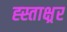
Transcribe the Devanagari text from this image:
ह्स्ताक्ष्रर